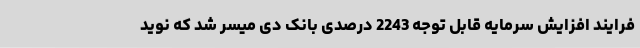
فرایند افزایش سرمایه قابل توجه 2243 درصدی بانک دی میسر شد که نوید